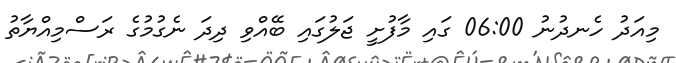
މިއަދު ހެނދުނު 06:00 ގައި މާފުށީ ޖަލުގައި ބޭއްވި ދިދަ ނެގުމުގެ ރަސްމިއްޔާތު